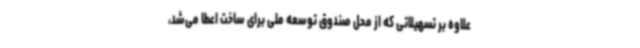
علاوه بر تسهیلاتی که از محل صندوق توسعه ملی برای ساخت اعطا می‌شد،